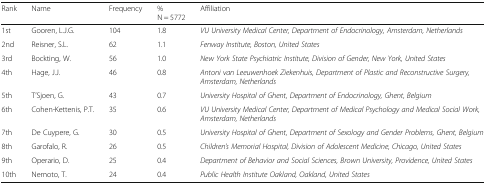
<table><thead><tr><td><b>Rank</b></td><td><b>Name</b></td><td><b>Frequency</b></td><td><b>%N = 5772</b></td><td><b>Affiliation</b></td></tr></thead><tbody><tr><td>1st</td><td>Gooren, L.J.G.</td><td>104</td><td>1.8</td><td><i>VU University Medical Center, Department of Endocrinology, Amsterdam, Netherlands</i></td></tr><tr><td>2nd</td><td>Reisner, S.L.</td><td>62</td><td>1.1</td><td><i>Fenway Institute, Boston, United States</i></td></tr><tr><td>3rd</td><td>Bockting, W.</td><td>56</td><td>1.0</td><td><i>New York State Psychiatric Institute, Division of Gender, New York, United States</i></td></tr><tr><td>4th</td><td>Hage, J.J.</td><td>46</td><td>0.8</td><td><i>Antoni van Leeuwenhoek Ziekenhuis, Department of Plastic and Reconstructive Surgery, Amsterdam, Netherlands</i></td></tr><tr><td>5th</td><td>T’Sjoen, G.</td><td>43</td><td>0.7</td><td><i>University Hospital of Ghent, Department of Endocrinology, Ghent, Belgium</i></td></tr><tr><td>6th</td><td>Cohen-Kettenis, P.T.</td><td>35</td><td>0.6</td><td><i>VU University Medical Center, Department of Medical Psychology and Medical Social Work, Amsterdam, Netherlands</i></td></tr><tr><td>7th</td><td>De Cuypere, G.</td><td>30</td><td>0.5</td><td><i>University Hospital of Ghent, Department of Sexology and Gender Problems, Ghent, Belgium</i></td></tr><tr><td>8th</td><td>Garofalo, R.</td><td>26</td><td>0.5</td><td><i>Children’s Memorial Hospital, Division of Adolescent Medicine, Chicago, United States</i></td></tr><tr><td>9th</td><td>Operario, D.</td><td>25</td><td>0.4</td><td><i>Department of Behavior and Social Sciences, Brown University, Providence, United States</i></td></tr><tr><td>10th</td><td>Nemoto, T.</td><td>24</td><td>0.4</td><td><i>Public Health Institute Oakland, Oakland, United States</i></td></tr></tbody></table>